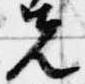
先